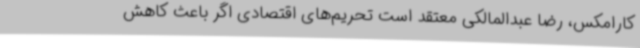
کارامکس، رضا عبدالمالکی معتقد است تحریم‌های اقتصادی اگر باعث کاهش